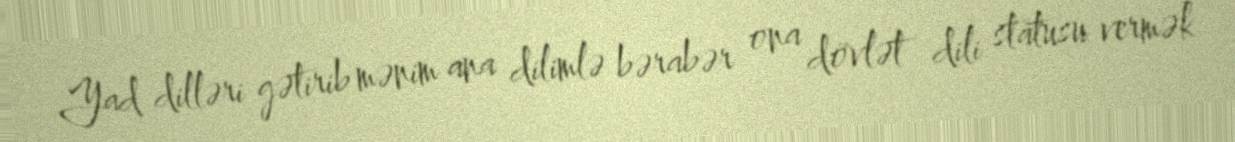
Yad dilləri gətirib mənim ana dilimlə bərabər ona dövlət dili statusu vermək